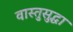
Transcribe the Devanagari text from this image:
वास्तुसुद्धा